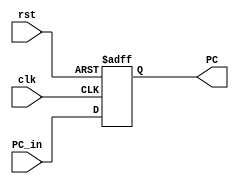
module ID_Stage_Reg(
    input clk, rst,
    input [31:0] PC_in,
    output reg [31:0] PC
);
    always @(posedge clk, posedge rst) begin
        if(rst) begin
			PC <= 32'b0;
		end
        else begin
            PC <= PC_in;
        end 
    end
endmodule